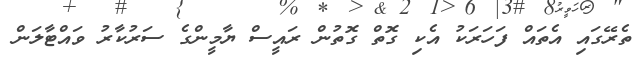
ތެރޭގައި އެތައް ފަހަރަކު އެކި ގޮތް ގޮތުން ރައީސް ޔާމީންގެ ސަރުކާރު ވައްޓާލަން